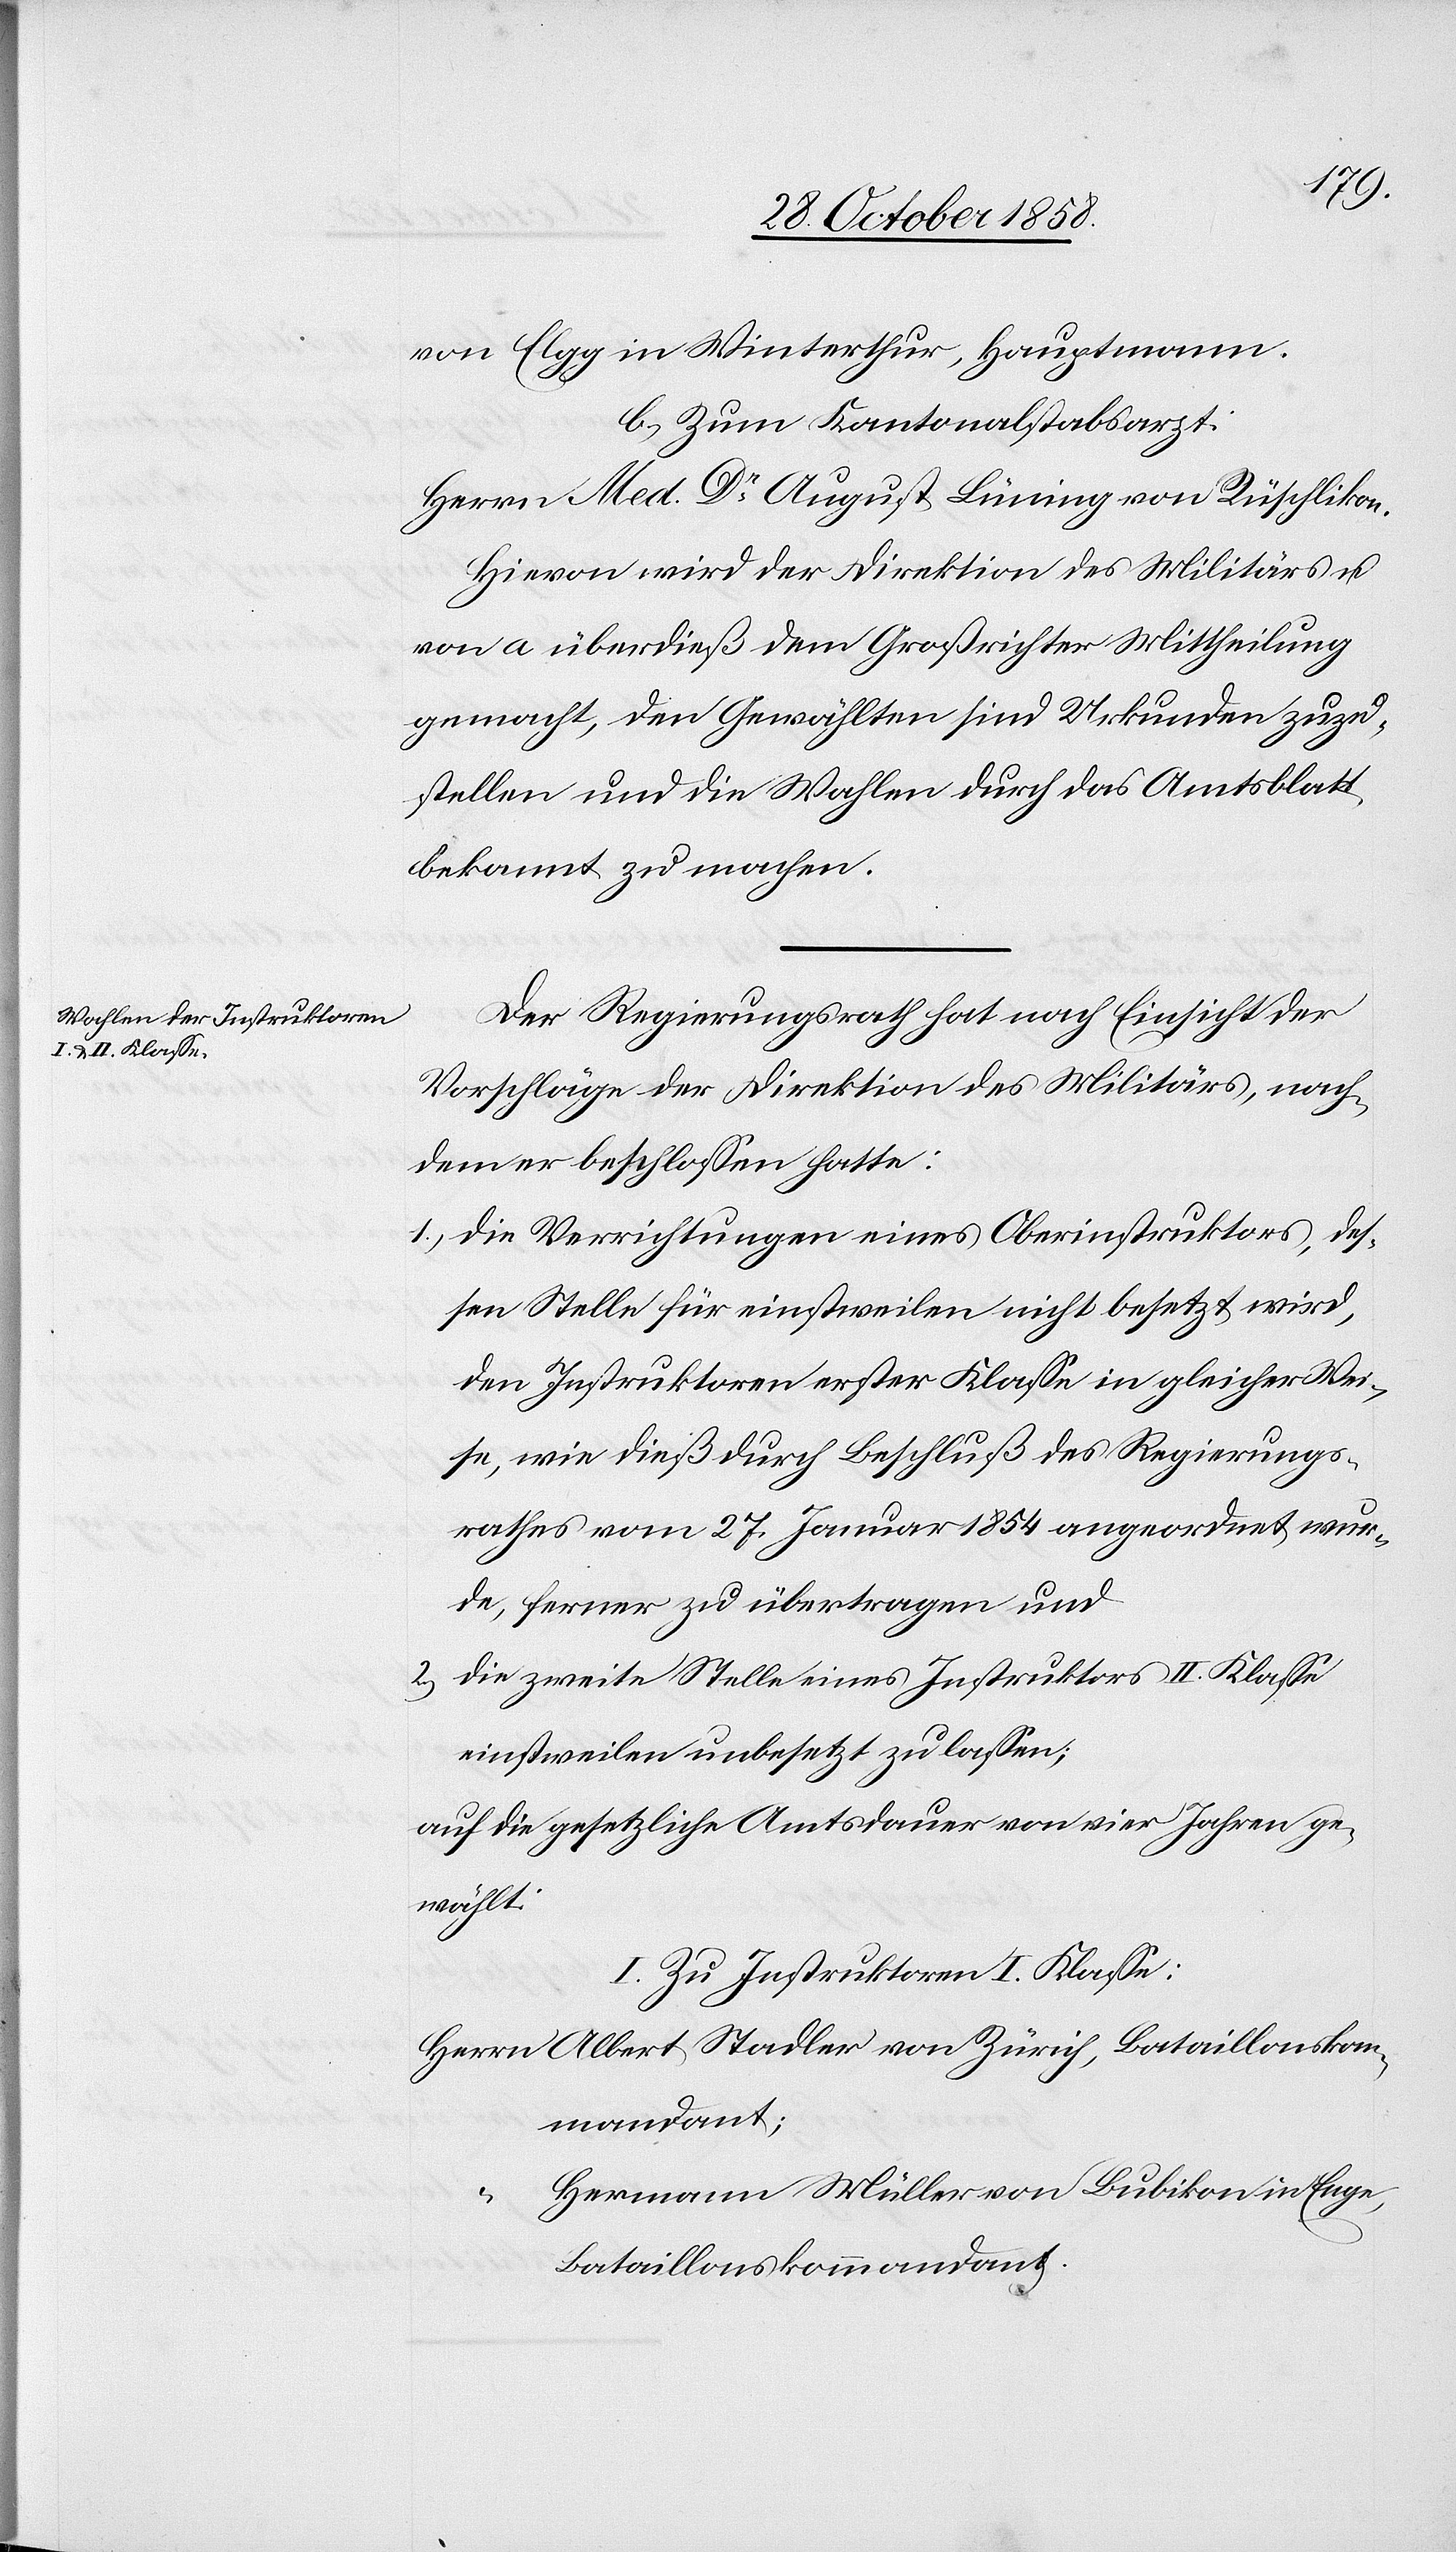
von Elgg in Winterthur, Hauptmann.
Zum Kantonalstabsarzt:
Herrn Med. Dr August Lüning von Rüschlikon.
Hievon wird der Direktion des Militärs u.
von a überdieß dem Großrichter Mittheilung
gemacht, den Gewählten sind Urkunden zuzu¬
stellen und die Wahlen durch das Amtsblatt
bekannt zu machen.
Der Regierungsrath hat nach Einsicht der
Vorschläge der Direktion des Militärs, nach¬
dem er beschlossen hatte:
Die Verrichtungen eines Oberinstruktors, des¬
sen Stelle für einstweilen nicht besetzt wird,
den Instruktoren erster Klasse in gleicher Wei¬
se, wie dieß durch Beschluß des Regierungs¬
rathes vom 27. Januar 1854 angeordnet wur¬
de, ferner zu übertragen und
die zweite Stelle eines Instruktors II. Klasse
einstweilen unbesetzt zu lassen;
auf die gesetzliche Amtsdauer von vier Jahren ge¬
wählt:
I. Zu Instruktoren I. Klasse:
Herrn Albert Stadler von Zürich, Bataillonskom¬
mandant;
Hermann Müller von Bubikon in Enge,
1.)
Bataillonskommandant.